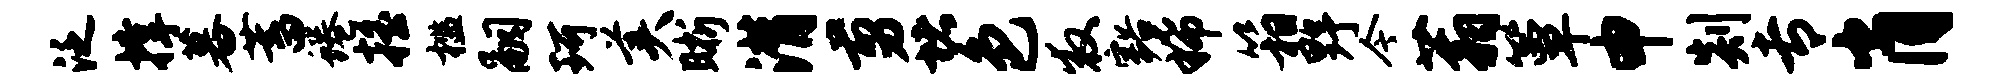
泛撑暮蓄蜷摇槛嗣珂美晰潸剪堵色救豁稀箱野今蓊簟申剡专肖